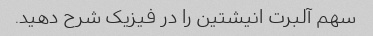
سهم آلبرت انیشتین را در فیزیک شرح دهید.